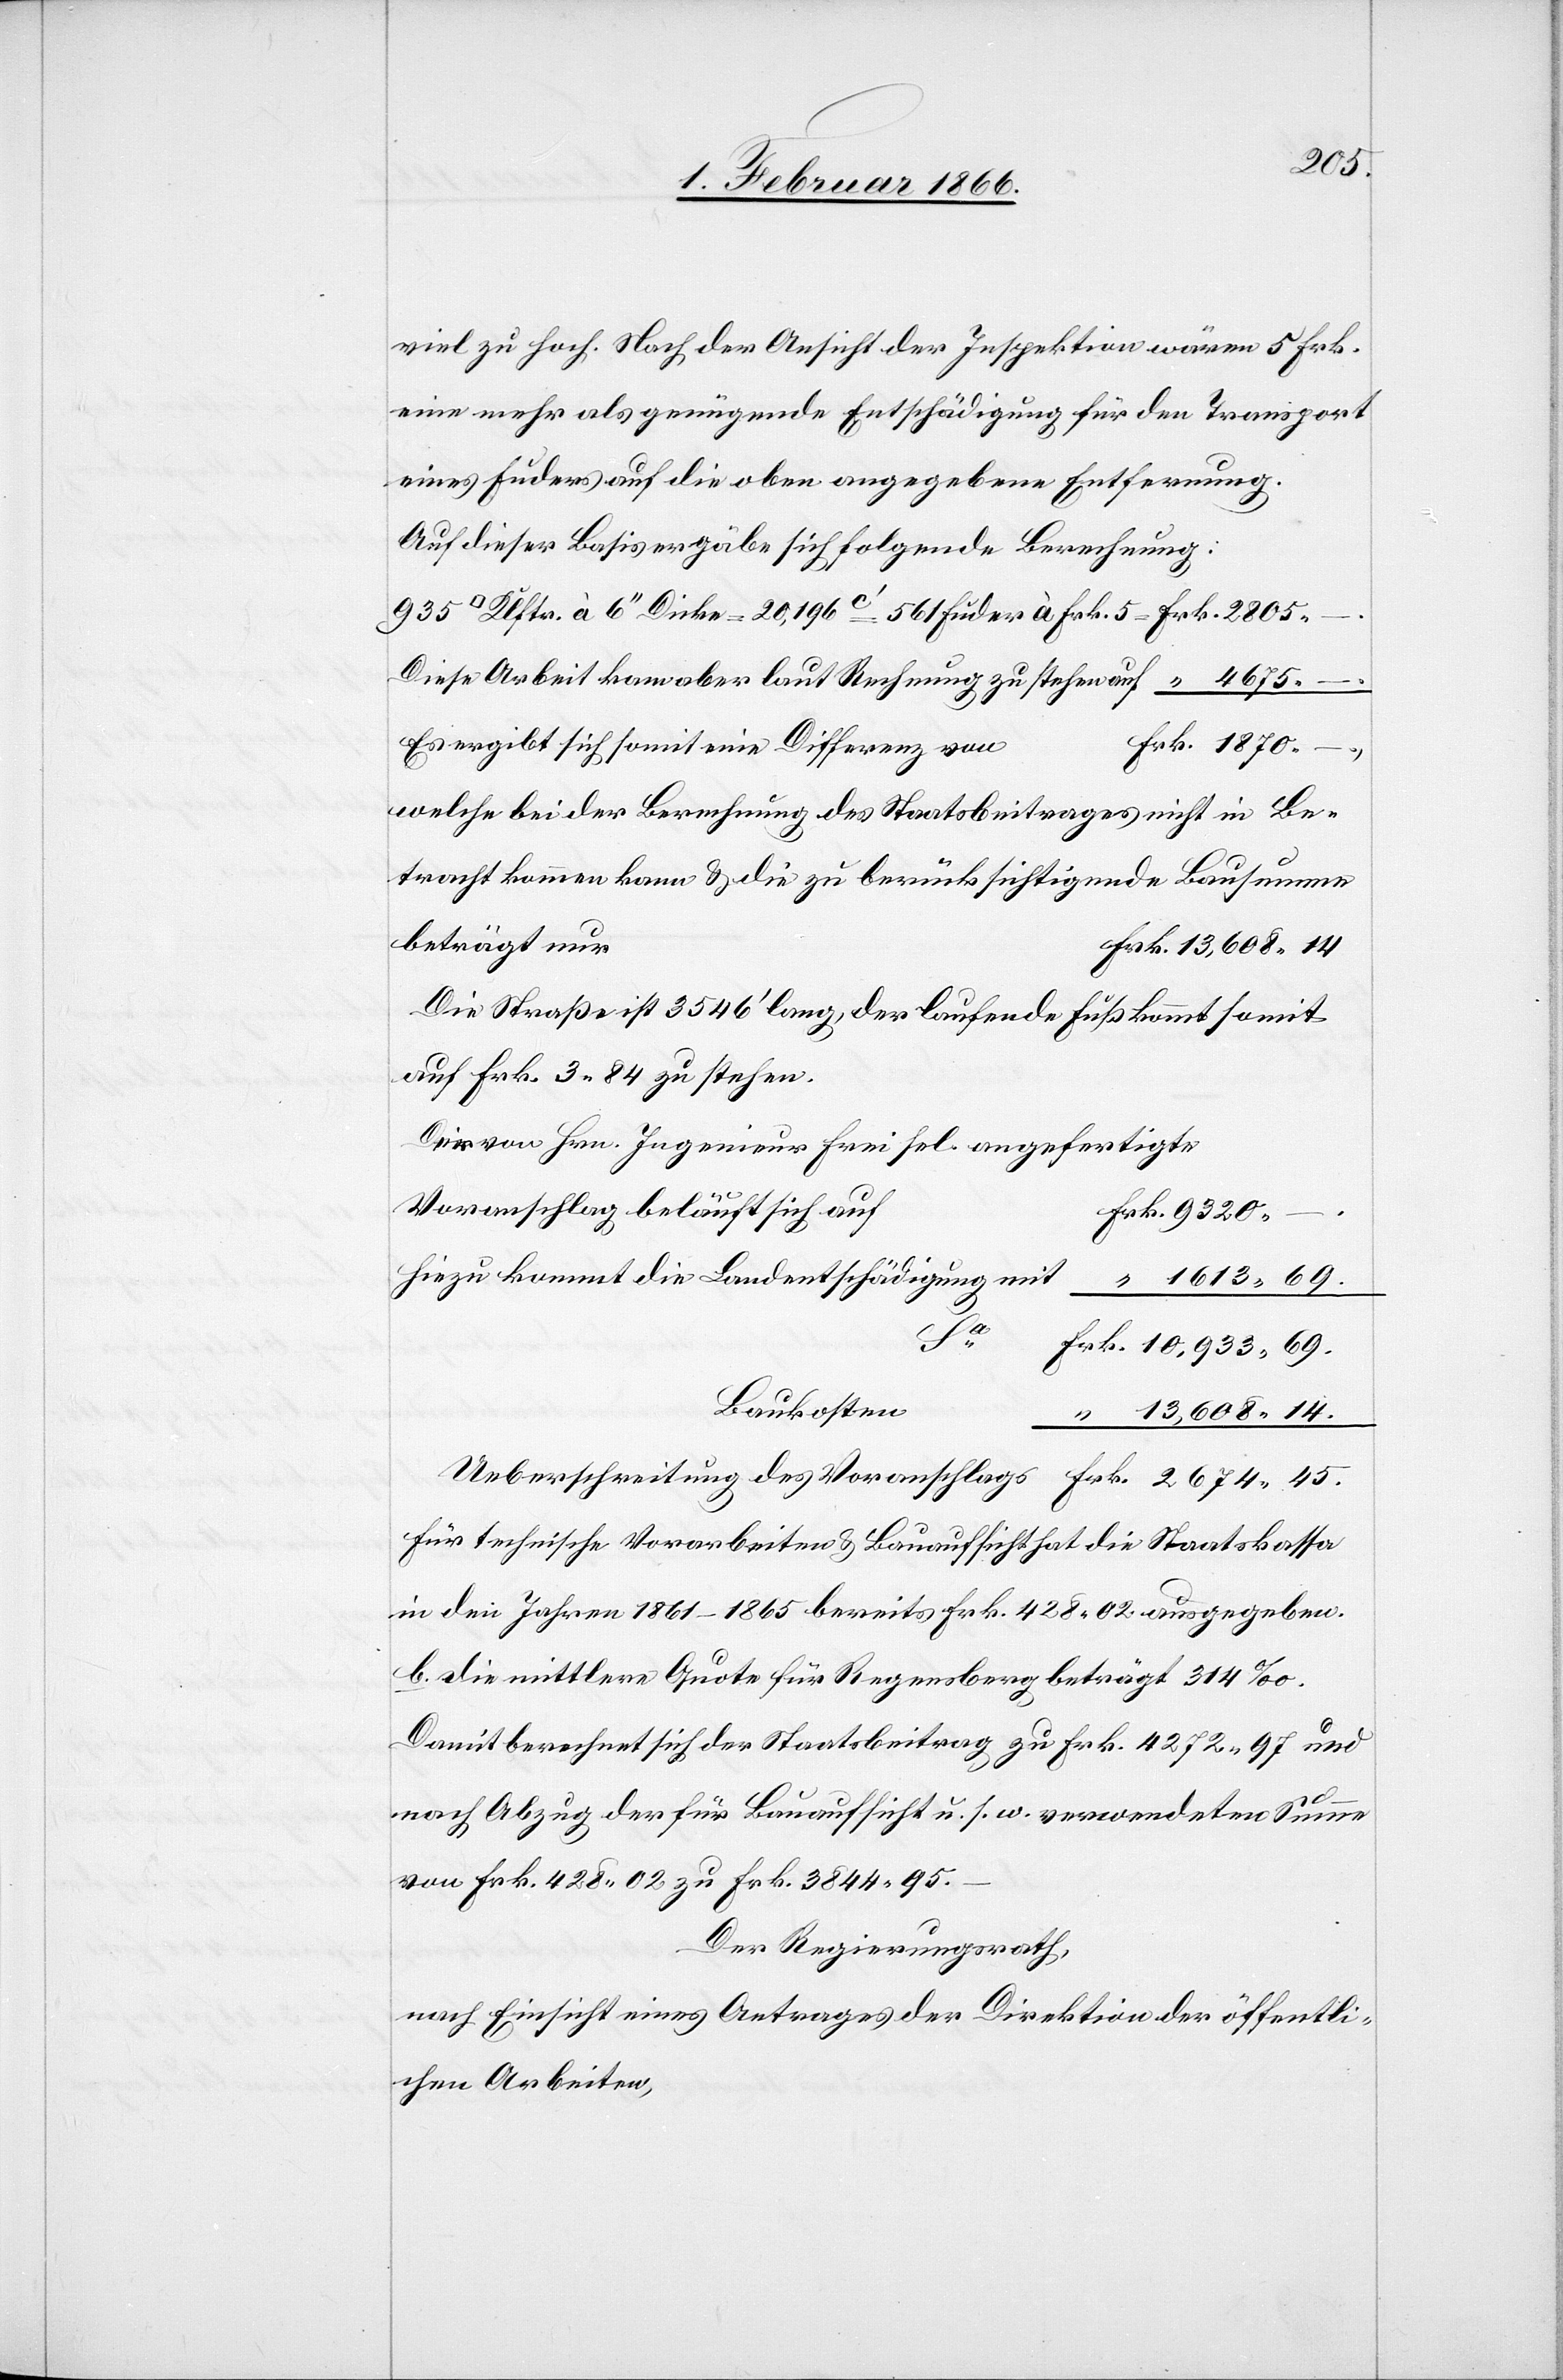
608,14.
viel zu hoch. Nach der Ansicht der Inspektion wären 5 Frk.
eine mehr als genügende Entschädigung für den Transport
eines Fuders auf die oben angegebene Entfernung.
Auf dieser Basis ergäbe sich folgende Berechnung:
à 6 “ Dicke = 20 196 c‘ = 561 Fuder à Frk. 5 = Frk. 2805,–.
Diese Arbeit kam aber laut Rechnung zu stehen auf			 “ 4675,–.
Es ergibt sich somit eine Differenz vo¬
Frk. 1870,–,
welche bei der Berechnung des Staatsbeitrages nicht in Be¬
tracht kommen kann u. die zu berücksichtigende Bausumme
Die Straße ist 3546‘ lang, der laufende Fuß kommt somit
auf Frk. 3,84 zu stehen.
Der von Hrn. Ingenieur Frei sel. angefertigte
Voranschlag beläuft sich au¬
f	Frk. 9320.–.
Hiezu kommt die Landentschädigung
“ 1613,69.
“
Ueberschreitung des Voranschlags						Frk. 2674,45.
Für technische Vorarbeiten u. Bauaufsicht hat die Staatskassa
in den Jahren 1861–1865 bereits Frk. 428,02 ausgegeben.
b. Die mittlere Quote für Regensberg beträgt 314‰.
Damit berechnet sich der Staatsbeitrag zu Frk. 4272,97 und
13
nach Abzug der für Bauaufsicht u. s. w. verwendeten Summe
von Frk. 428,02 zu Frk. 3844,95.
–
Der Regierungsrath,
nach Einsicht eines Antrages der Direktion der öffentli¬
chen Arbeiten,